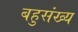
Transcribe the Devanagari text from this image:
बहुसंख्‍य